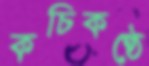
কচিকণ্ঠে